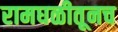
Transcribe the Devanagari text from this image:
रामघळीतूनच